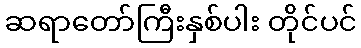
ဆရာတော်ကြီးနှစ်ပါး တိုင်ပင်